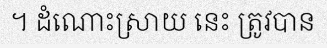
។ ដំណោះស្រាយ នេះ ត្រូវបាន